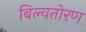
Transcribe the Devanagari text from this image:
बिल्वतोरण